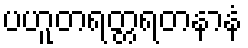
ပဟူတရတ္တရတနာနံ